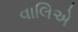
વાલિએ